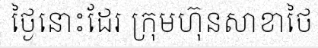
ថ្ងៃនោះដែរ ក្រុមហ៊ុនសាខាថៃ